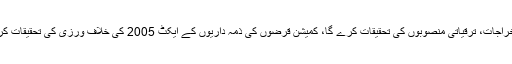
نوٹیفیکیشن میں کہا گیا ہے کہ کمیشن 2008 تا 2018 تک جاری اخراجات، ترقیاتی منصوبوں کی تحقیقات کرے گا، کمیشن قرضوں کی ذمہ داریوں کے ایکٹ 2005 کی خلاف ورزی کی تحقیقات کرے گا، کمیشن سرکاری فنڈز کے ذاتی استعمال کی تحقیقات کرے گا۔